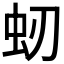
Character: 𧈳